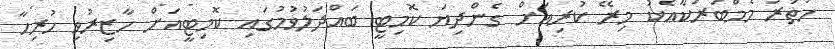
ހަތަރު މެމްބަރަކާއެކު މިރޭ ކުރިއަށް ގެންދިޔަ ކޮމިޓީ ބައްދަލުވުމުގައި ކޮމިޓީއަށް ހާޒިރުވި ހުރިހާ